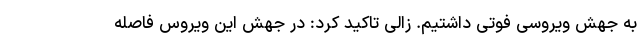
به جهش ویروسی فوتی داشتیم. زالی تاکید کرد: در جهش این ویروس فاصله